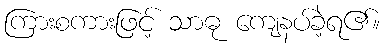
ကြားစကားဖြင့် သာဓု ကျေနပ်ခဲ့ရ၏။